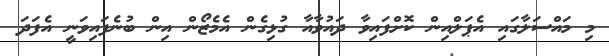
މި މައްސަލާގައި އެޕަލްއިން ކޮށްފައިވާ ދައުވާއާ ގުޅިގެން އެމެޒޯން އިން ބުނެފައިވަނީ އެފަދަ